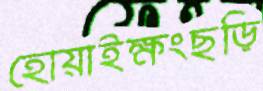
হোয়াইক্ষংছড়ি